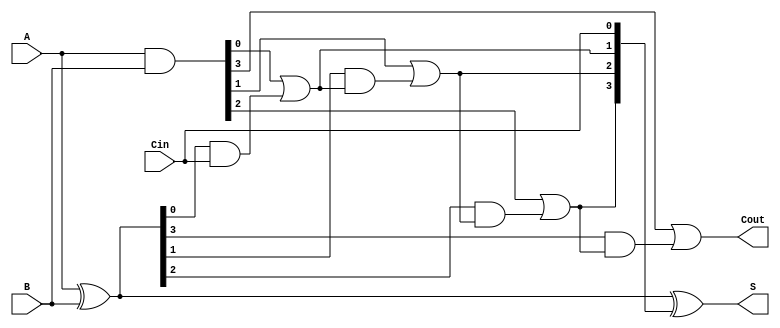
module CLA #(parameter N = 4) (
    input  [N-1:0] A,      // First operand
    input  [N-1:0] B,      // Second operand
    input         Cin,      // Carry input
    output [N-1:0] S,      // Sum output
    output         Cout      // Carry output
);

    wire [N-1:0] G;        // Generate signals
    wire [N-1:0] P;        // Propagate signals
    wire [N:0] C;          // Carry signals

    // Generate and Propagate Calculation
    assign G = A & B;                     // Generate: G[i] = A[i] & B[i]
    assign P = A ^ B;                     // Propagate: P[i] = A[i] ^ B[i]

    // Carry Calculation
    assign C[0] = Cin;                    // C[0] = Cin
    generate
        genvar i;
        for (i = 0; i < N; i = i + 1) begin: carry_calc
            if (i == 0) begin
                assign C[i+1] = G[i] | (P[i] & C[i]); // C[1] = G[0] + (P[0] & C[0])
            end else begin
                assign C[i+1] = G[i] | (P[i] & C[i]); // C[i+1] = G[i] + (P[i] & C[i])
            end
        end
    endgenerate

    // Sum Calculation
    assign S = P ^ C[N-1:0];               // S[i] = P[i] ^ C[i]

    // Final Carry Output
    assign Cout = C[N];                    // Cout = C[n]

endmodule